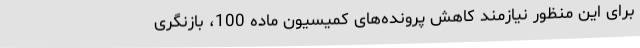
برای این منظور نیازمند کاهش پرونده‌های کمیسیون ماده 100، بازنگری